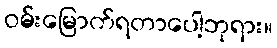
ဝမ်းမြောက်ရတာပေါ့ဘုရား။